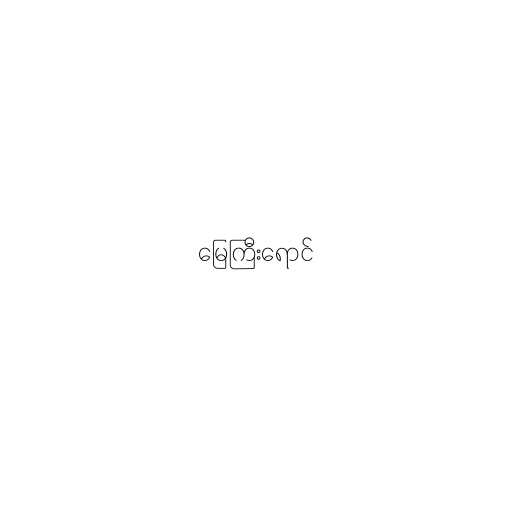
မြေကြီးရောင်